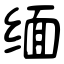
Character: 缅